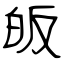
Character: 皈